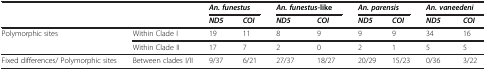
<table><thead><tr><td><b> </b></td><td><b> </b></td><td colspan="2"><b><i>An. funestus</i></b></td><td colspan="2"><b><i>An. funestus</i>-like</b></td><td colspan="2"><b><i>An. parensis</i></b></td><td colspan="2"><b><i>An. vaneedeni</i></b></td></tr><tr><td><b> </b></td><td><b> </b></td><td><b><i>ND5</i></b></td><td><b><i>COI</i></b></td><td><b><i>ND5</i></b></td><td><b><i>COI</i></b></td><td><b><i>ND5</i></b></td><td><b><i>COI</i></b></td><td><b><i>ND5</i></b></td><td><b><i>COI</i></b></td></tr></thead><tbody><tr><td rowspan="2">Polymorphic sites</td><td>Within Clade I</td><td>19</td><td>11</td><td>8</td><td>9</td><td>9</td><td>9</td><td>34</td><td>16</td></tr><tr><td>Within Clade II</td><td>17</td><td>7</td><td>2</td><td>0</td><td>2</td><td>1</td><td>5</td><td>5</td></tr><tr><td>Fixed differences/ Polymorphic sites</td><td>Between clades I/II</td><td>9/37</td><td>6/21</td><td>27/37</td><td>18/27</td><td>20/29</td><td>15/23</td><td>0/36</td><td>3/22</td></tr></tbody></table>